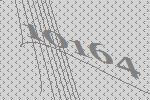
10164